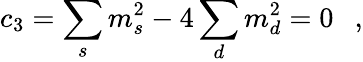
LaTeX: c_{3}=\sum_{s}m_{s}^{2}-4\sum_{d}m_{d}^{2}=0~~~,